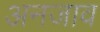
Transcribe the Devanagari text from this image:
अनजाव